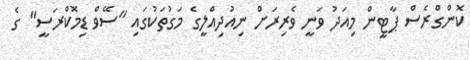
ކޮންގްރެސް ޕާޓީން މިއަދު ވަނީ ވެރިރަށް ނިއުދިއްލީގެ މަގުތަކުގައި "ސޭވް ޑިމޮކްރަސީ" ގެ